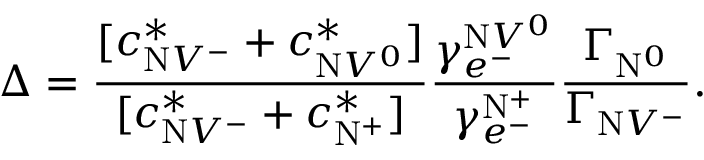
\Delta = \frac { [ c _ { \mathrm { N } V ^ { - } } ^ { * } + c _ { \mathrm { N } V ^ { 0 } } ^ { * } ] } { [ c _ { \mathrm { N } V ^ { - } } ^ { * } + c _ { \mathrm { N } ^ { + } } ^ { * } ] } \frac { \gamma _ { e ^ { - } } ^ { \mathrm { N } V ^ { 0 } } } { \gamma _ { e ^ { - } } ^ { \mathrm { N } ^ { + } } } \frac { \Gamma _ { \mathrm { N } ^ { 0 } } } { \Gamma _ { \mathrm { N } V ^ { - } } } .